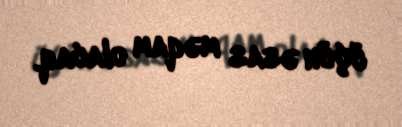
üçün əsas məqam olacaq.